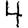
Digit: 4